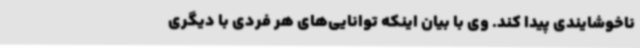
ناخوشایندی پیدا کند. وی با بیان اینکه توانایی‌های هر فردی با دیگری